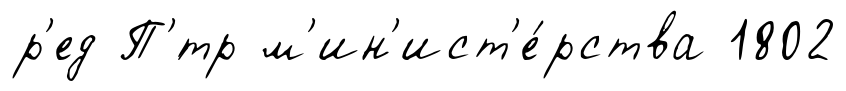
р'ед П'́тр м'ин'ист'е́рства 1802